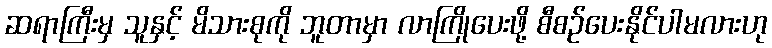
ဆရာကြီးမှ သူနှင့် မိသားစုကို ဘူတာမှာ လာကြိုပေးဖို့ စီစဉ်ပေးနိုင်ပါမလားဟု